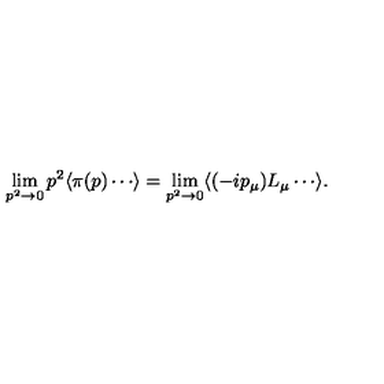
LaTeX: \lim _ { p ^ { 2 } \to 0 } p ^ { 2 } \langle \pi ( p ) \cdots \rangle = \lim _ { p ^ { 2 } \to 0 } \langle ( - i p _ { \mu } ) L _ { \mu } \cdots \rangle .